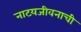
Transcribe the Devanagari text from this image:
नाटयजीवनाची